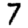
Digit: 7